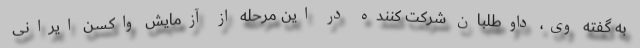
به گفته وی، داوطلبان شرکت کننده در این مرحله از آزمایش واکسن ایرانی